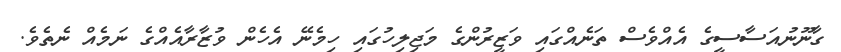
ގާނޫނުއަސާސީގެ އެއްވެސް ތަނެއްގައި ވަޒީރުންގެ މަޖިލިހުގައި ހިމެނޭ އެހެން ވުޒާރާއެއްގެ ނަމެއް ނެތެވެ.